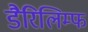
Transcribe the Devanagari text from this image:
डैरिलिम्फ